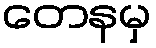
တေနမှ